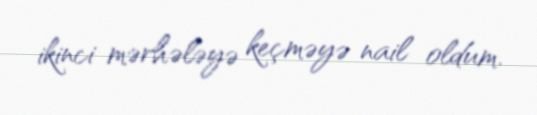
ikinci mərhələyə keçməyə nail oldum.